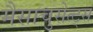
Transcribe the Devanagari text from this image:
मैसाचुसेत्ट्स